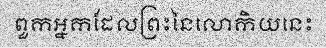
ពួកអ្នកដែលព្រះនៃលោកិយនេះ